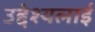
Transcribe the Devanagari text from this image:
उद्देश्यलाई